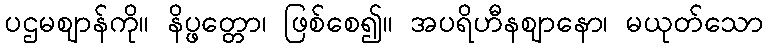
ပဌမဈာန်ကို။ နိပ္ဖတ္တော၊ ဖြစ်စေ၍။ အပရိဟီနဈာနော၊ မယုတ်သော